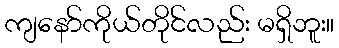
ကျနော်ကိုယ်တိုင်လည်း မရှိဘူး။